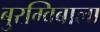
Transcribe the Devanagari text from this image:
बुरग्विबाला